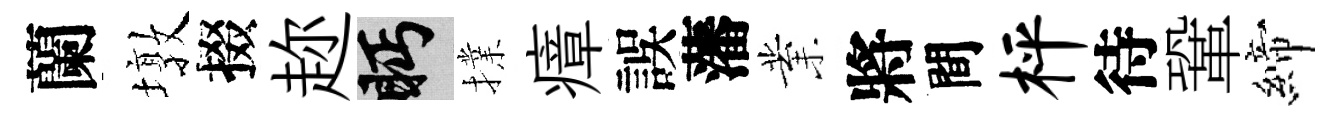
蘭墩掇趂眄擈瘴誤藩業將間枰待鞏締